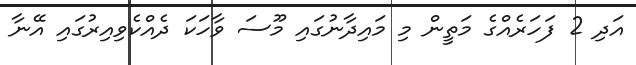
އަދި 2 ފަހަރެއްގެ މަތީން މި މައިދާނުގައި މޫސަ ވާހަކަ ދެއްކެވިއިރުގައި އޭނާ